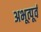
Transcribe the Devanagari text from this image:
अभूत्पूर्व